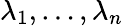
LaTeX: \lambda_{1},\ldots,\lambda_{n}